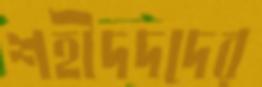
শহীদদদের